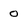
Character: 0